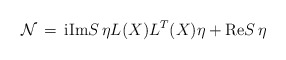
\begin{align*}{\cal N}\, = \, {\rm i} {\rm Im}S \, \eta L(X) L^T(X) \eta+ {\rm Re}S \, \eta\end{align*}